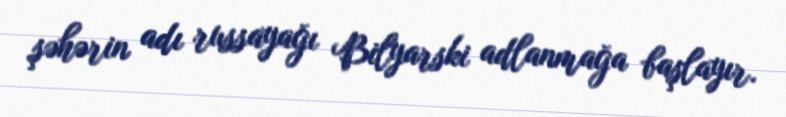
şəhərin adı russayağı Bilyarski adlanmağa başlayır.